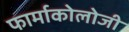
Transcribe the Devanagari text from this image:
फार्माकोलोजी